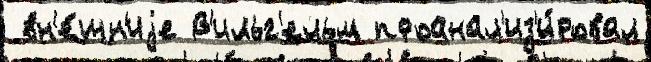
 вн'е́шн'иjе В'ильг'ельм проанал'из'и́ровал